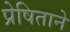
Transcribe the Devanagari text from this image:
प्रेषिताने